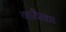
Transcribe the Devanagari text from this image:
गायैका